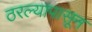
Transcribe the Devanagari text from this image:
ठरल्यापासून